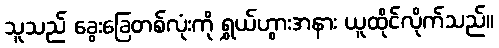
သူသည် ခွေးခြေတစ်လုံးကို ရွှယ်ဟွားအနား ယူထိုင်လိုက်သည်။